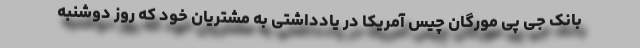
بانک جی پی مورگان چیس آمریکا در یادداشتی به مشتریان خود که روز دوشنبه